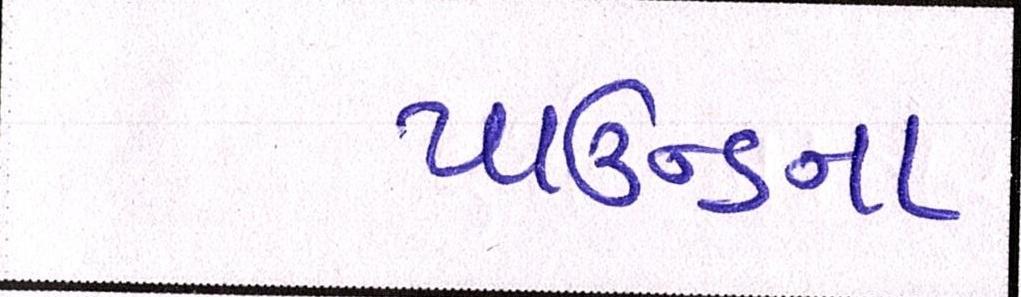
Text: પાઉન્ડના